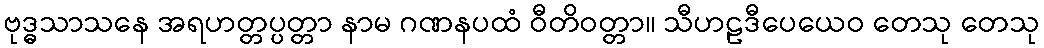
ဗုဒ္ဓသာသနေ အရဟတ္တပ္ပတ္တာ နာမ ဂဏနပထံ ဝီတိဝတ္တာ။ သီဟဠဒီပေယေဝ တေသု တေသု